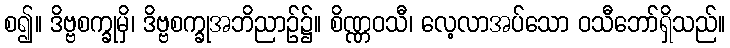
စ၍။ ဒိဗ္ဗစက္ခုမှိ၊ ဒိဗ္ဗစက္ခုအဘိညာဉ်၌။ စိဏ္ဏဝသီ၊ လေ့လာအပ်သော ဝသီဘော်ရှိသည်။